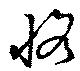
恪